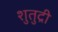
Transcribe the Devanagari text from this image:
शुतुद्री